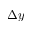
\Delta y